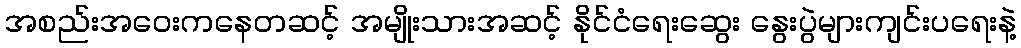
အစည်းအဝေးကနေတဆင့် အမျိုးသားအဆင့် နိုင်ငံရေးဆွေး နွေးပွဲများကျင်းပရေးနဲ့